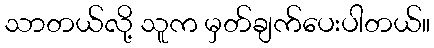
သာတယ်လို့ သူက မှတ်ချက်ပေးပါတယ်။